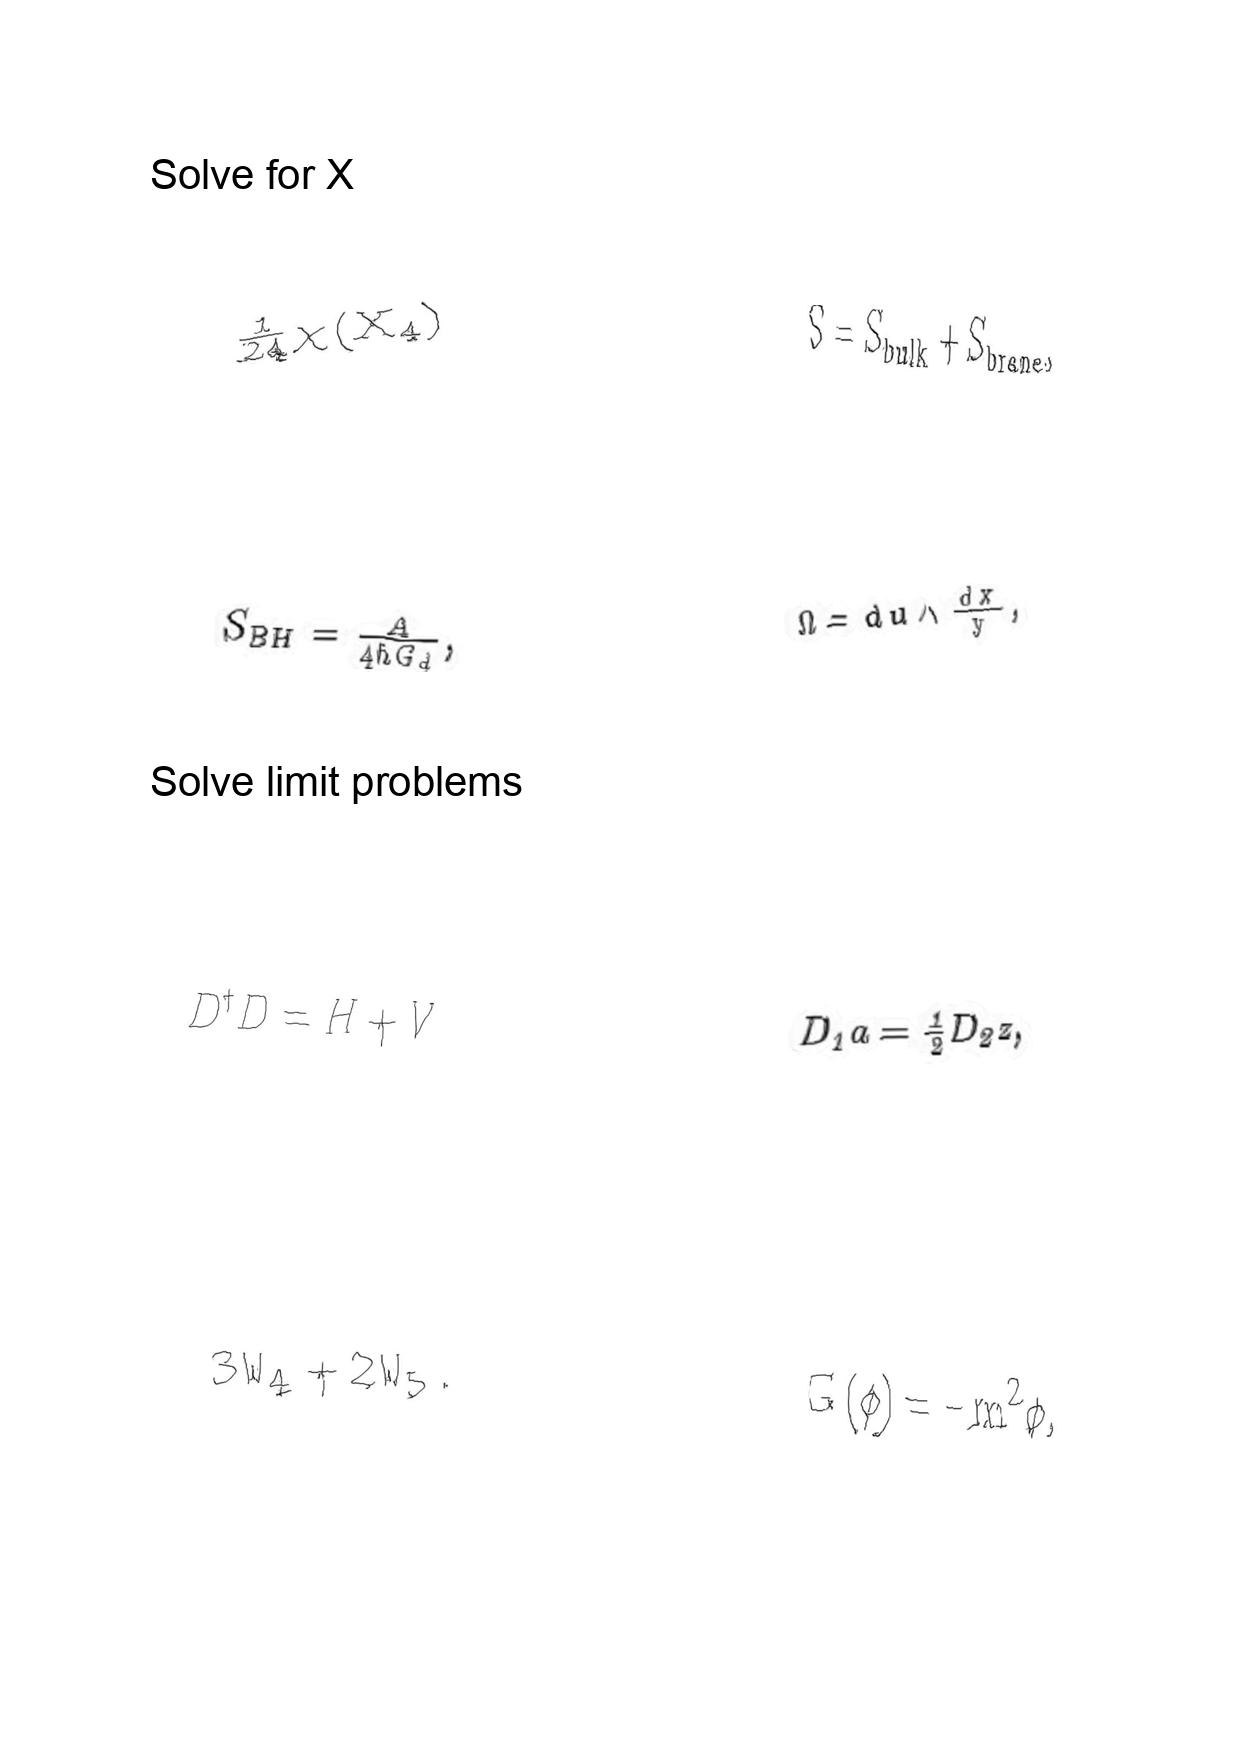
LaTeX transcription:
\frac { 1 } { 2 4 } \chi \lparen X _ { 4 } \rparen
S _ { B H } = \frac { A } { 4 \hbar G _ { d } } ,
D ^ { \dagger } D = H + V
3 W _ { 4 } + 2 W _ { 5 } .
S = S _ { b u l k } + S _ { b r a n e } ,
\Omega = d u \wedge \frac { d x } { y } ,
D _ { 1 } a = \frac { 1 } { 2 } D _ { 2 } z ,
G \lparen \phi \rparen = - m ^ { 2 } \phi ,